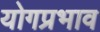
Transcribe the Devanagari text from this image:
योगप्रभाव